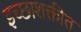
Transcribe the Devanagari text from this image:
इच्छाशक्तीत